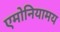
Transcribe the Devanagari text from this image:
एमोनियामय